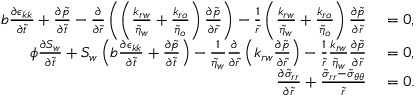
\begin{array} { r l } { b \frac { \partial \epsilon _ { k k } } { \partial \tilde { t } } + \frac { \partial \tilde { p } } { \partial \tilde { t } } - \frac { \partial } { \partial \tilde { r } } \left( \left( \frac { k _ { r w } } { \tilde { \eta } _ { w } } + \frac { k _ { r o } } { \tilde { \eta } _ { o } } \right) \frac { \partial \tilde { p } } { \partial \tilde { r } } \right) - \frac { 1 } { \tilde { r } } \left( \frac { k _ { r w } } { \tilde { \eta } _ { w } } + \frac { k _ { r o } } { \tilde { \eta } _ { o } } \right) \frac { \partial \tilde { p } } { \partial \tilde { r } } } & { { } = 0 , } \\ { \phi \frac { \partial S _ { w } } { \partial \tilde { t } } + S _ { w } \left( b \frac { \partial \epsilon _ { k k } } { \partial \tilde { t } } + \frac { \partial \tilde { p } } { \partial \tilde { t } } \right) - \frac { 1 } { \tilde { \eta } _ { w } } \frac { \partial } { \partial \tilde { r } } \left( k _ { r w } \frac { \partial \tilde { p } } { \partial \tilde { r } } \right) - \frac { 1 } { \tilde { r } } \frac { k _ { r w } } { \tilde { \eta } _ { w } } \frac { \partial \tilde { p } } { \partial \tilde { r } } } & { { } = 0 , } \\ { \frac { \partial \tilde { \sigma } _ { r r } } { \partial \tilde { r } } + \frac { \tilde { \sigma } _ { r r } - \tilde { \sigma } _ { \theta \theta } } { \tilde { r } } } & { { } = 0 . } \end{array}